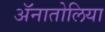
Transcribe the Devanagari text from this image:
ॲनातोलिया